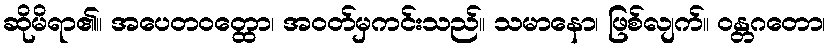
ဆိုမိရာ၏။ အပေတဝတ္ထော၊ အဝတ်မှကင်းသည်။ သမာနော၊ ဖြစ်လျက်။ ဝန္တဂတော၊